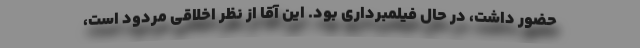
حضور داشت، در حال فیلمبرداری بود. این آقا از نظر اخلاقی مردود است،